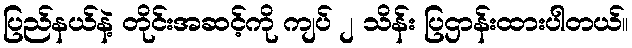
ပြည်နယ်နဲ့ တိုင်းအဆင့်ကို ကျပ် ၂ သိန်း ပြဌာန်းထားပါတယ်။